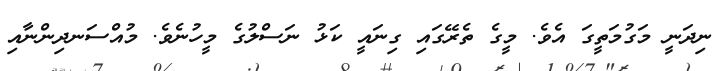
ނިދަނީ މަގުމަތީގަ އެވެ. މީގެ ތެރޭގައި ގިނައީ ކަޅު ނަސްލުގެ މީހުނެވެ. މުއްސަނދިންނާއި